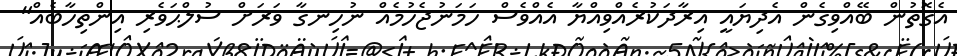
އެގޮތުން ބޭއްވިގެން އެދިޔައީ އިރާދަކުރެއްވިއްޔާ އެއްވެސް ހަމަނުޖެހުމެއް ނުހިނގާ ވަރަށް ސުލްޙަވެރި އިންތިހާބެއް"